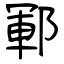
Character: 鄆